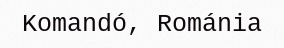
Komandó, Románia